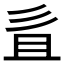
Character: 𢒉